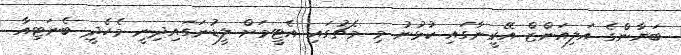
ބަޔާންގެ އަލިއަންޒް އޭރީނާގައި ކުޅުނު މި މެޗުގައި އެޓީމަށް ލީޑުނަގައިދިނީ މެހެދީ ބެނަޓިއާ